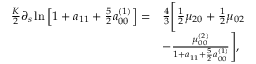
\begin{array} { r l } { \frac { K } { 2 } \partial _ { s } \ln \left[ 1 + a _ { 1 1 } + \frac { 5 } { 2 } a _ { 0 0 } ^ { ( 1 ) } \right] = } & { \frac { 4 } { 3 } \Bigg [ \frac { 1 } { 2 } \mu _ { 2 0 } + \frac { 1 } { 2 } \mu _ { 0 2 } } \\ & { - \frac { \mu _ { 0 0 } ^ { ( 2 ) } } { 1 + a _ { 1 1 } + \frac { 5 } { 2 } a _ { 0 0 } ^ { ( 1 ) } } \Bigg ] , } \end{array}